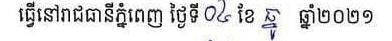
ធ្វើនៅរាជធានីភ្នំពេញ ថ្ងៃទី០៤ ខែធ្នូ ឆ្នាំ២០២១